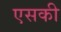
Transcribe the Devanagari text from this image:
एसकी